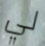
لي